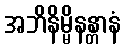
အဘိနိမ္မိနန္တာနံ